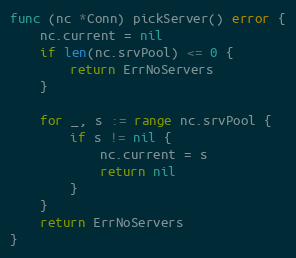
Language: Go
func (nc *Conn) pickServer() error {
	nc.current = nil
	if len(nc.srvPool) <= 0 {
		return ErrNoServers
	}

	for _, s := range nc.srvPool {
		if s != nil {
			nc.current = s
			return nil
		}
	}
	return ErrNoServers
}